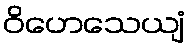
ဝိဟေသေယျံ